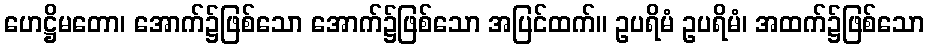
ဟေဋ္ဌိမတော၊ အောက်၌ဖြစ်သော အောက်၌ဖြစ်သော အပြင်ထက်။ ဥပရိမံ ဥပရိမံ၊ အထက်၌ဖြစ်သော